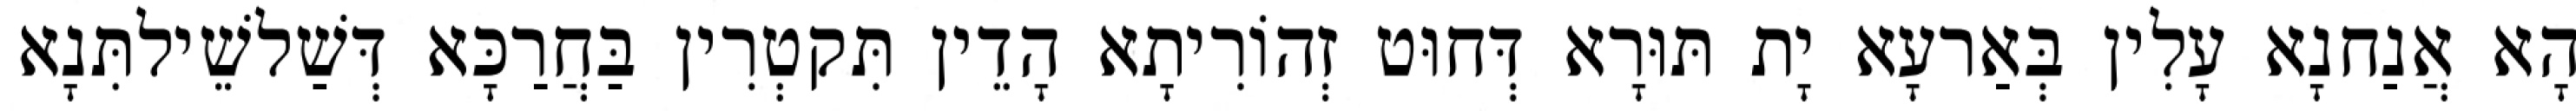
הָא אֲנַחנָא עָלִין בְּאַרעָא יָת תּוּרָא דְּחוּט זְהוֹרִיתָא הָדֵין תִּקטְרִין בַּחֲרַכָּא דְּשַׁלשֵׁילתִּנָא